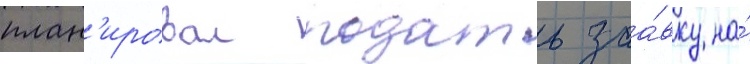
план'ировал подать заа́вку на́